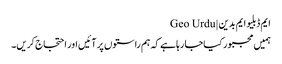
ایم ڈبلیو ایم بدین | Geo Urdu
ہمیں مجبور کیاجا رہا ہے کہ ہم راستوں پر آئیں اور احتجاج کریں۔